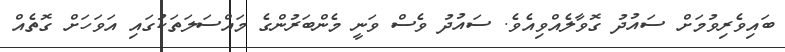
ބައިވެރިވުމަށް ސައުދު ގޮވާލެއްވިއެވެ. ސައުދު ވެސް ވަނީ މެންބަރުންގެ މައްސަލަތަކުގައި އަވަހަށް ގޮތެއް